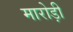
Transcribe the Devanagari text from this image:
मारोड़ी